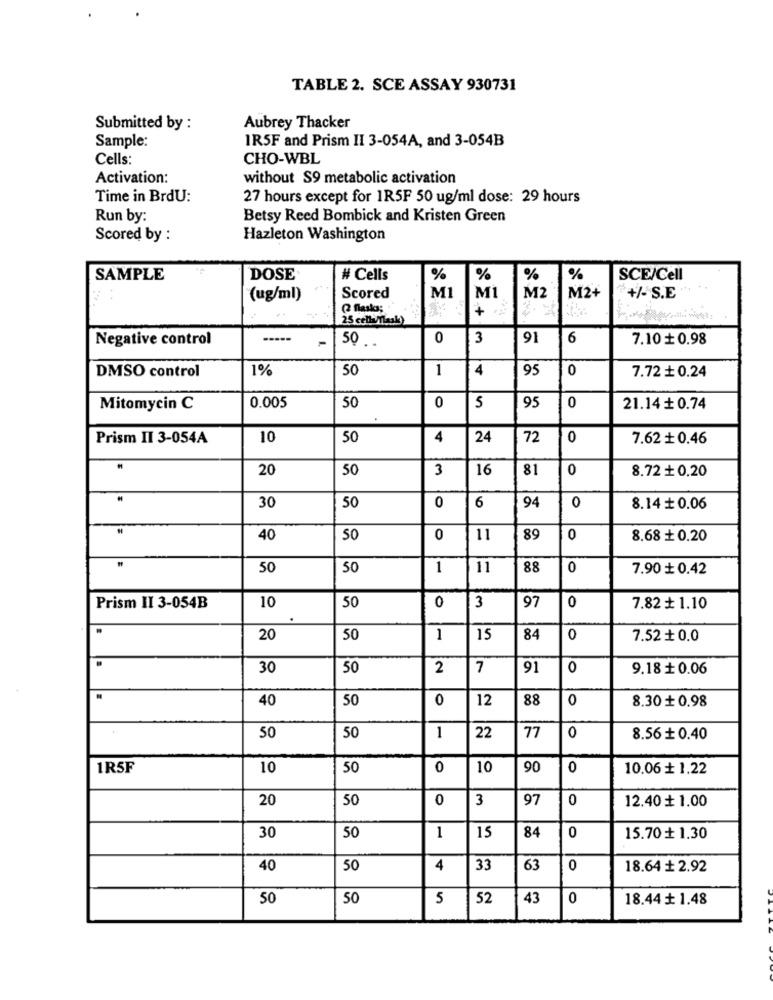
TABLE 2. SCE ASSAY 930731
Submitted by :
Aubrey Thacker
Sample:
IR5F and Prism II 3-054A, and 3-054B
Cells:
CHO-WBL
Activation:
without S9 metabolic activation
Time in BrdU:
27 hours except for 1R5F 50 ug/ml dose: 29 hours
Run by:
Betsy Reed Bombick and Kristen Green
Scored by :
Hazleton Washington
SAMPLE
DOSE
# Cells
%
%
%
%
SCE/Cell
(ug/ml)
Scored
M1
MI
M2
M2+
+/-S.E
Q flaskor;
+ 2
25 colla Mask)
Negative control
-----
50
0
3
91
6
7.10 + 0.98
DMSO control
1%
50
1
4
95
0
7.72 + 0.24
0
Mitomycin C
0.005
50
5
95
0
21.14 + 0.74
Prism II 3-054A
10
50
4
24
72
0
7.62 + 0.46
20
50
3
16
81
0
8.72 + 0.20
30
50
0
6
94
0
8.14 + 0.06
40
50
0
11
89
0
8.68 + 0.20
50
50
1
11
88
0
7.90 + 0.42
50
Prism II 3-054B
10
0
3
97
0
7.82 + 1.10
20
50
1
15
84
0
7.52 + 0.0
30
50
2
7
91
0
9.18 + 0.06
40
50
0
12
88
0
8.30 + 0.98
50
50
1
22
77
0
8.56 + 0.40
1R5F
10
50
0
10
90
0
10.06 + 1.22
20
50
0
3
97
0
12.40 + 1.00
30
84
50
1
15
0
15.70 + 1.30
40
50
4
33
63
0
18.64 + 2.92
50
50
5
52
43
0
18.44 + 1.48